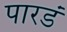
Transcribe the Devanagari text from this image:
पारडं